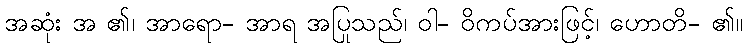
အဆုံး အ ၏၊ အာရော- အာရ အပြုသည်၊ ဝါ- ဝိကပ်အားဖြင့်၊ ဟောတိ- ၏။